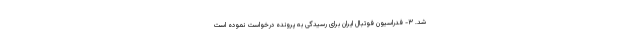
شد. ۳- فدراسیون فوتبال ایران برای رسیدگی به پرونده درخواست نموده است